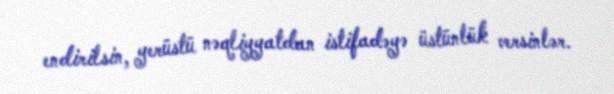
endirilsin, yerüstü nəqliyyatdan istifadəyə üstünlük versinlər.